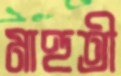
মাহুতী